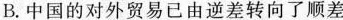
B.中国的对外贸易已由逆差转向了顺差